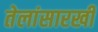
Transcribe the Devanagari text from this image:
तेलांसारखी